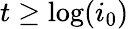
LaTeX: t\geq\log(i_{0})